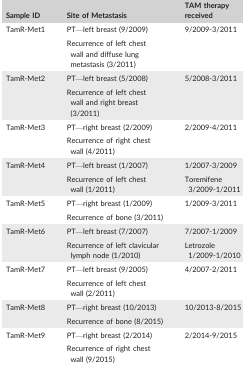
| Sample ID | Site of Metastasis | TAM therapy received |
 | --- | --- | --- |
 | <ROWSPAN=2> TamR‐Met1 | PT—left breast (9/2009) | 9/2009‐3/2011 |
 | Recurrence of left chest wall and diffuse lung metastasis (3/2011) |  |
 | <ROWSPAN=2> TamR‐Met2 | PT—left breast (5/2008) | 5/2008‐3/2011 |
 | Recurrence of left chest wall and right breast (3/2011) |  |
 | <ROWSPAN=2> TamR‐Met3 | PT—right breast (2/2009) | 2/2009‐4/2011 |
 | Recurrence of right chest wall (4/2011) |  |
 | <ROWSPAN=2> TamR‐Met4 | PT—left breast (1/2007) | 1/2007‐3/2009 |
 | Recurrence of left chest wall (1/2011) | Toremifene 3/2009‐1/2011 |
 | <ROWSPAN=2> TamR‐Met5 | PT—right breast (1/2009) | 1/2009‐3/2011 |
 | Recurrence of bone (3/2011) |  |
 | <ROWSPAN=2> TamR‐Met6 | PT—left breast (7/2007) | 7/2007‐1/2009 |
 | Recurrence of left clavicular lymph node (1/2010) | Letrozole 1/2009‐1/2010 |
 | <ROWSPAN=2> TamR‐Met7 | PT—left breast (9/2005) | 4/2007‐2/2011 |
 | Recurrence of left chest wall (2/2011) |  |
 | <ROWSPAN=2> TamR‐Met8 | PT—right breast (10/2013) | 10/2013‐8/2015 |
 | Recurrence of bone (8/2015) |  |
 | <ROWSPAN=2> TamR‐Met9 | PT—right breast (2/2014) | 2/2014‐9/2015 |
 | Recurrence of right chest wall (9/2015) |  |